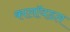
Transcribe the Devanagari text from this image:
कालॉयडल